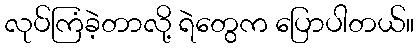
လုပ်ကြံခဲ့တာလို့ ရဲတွေက ပြောပါတယ်။